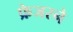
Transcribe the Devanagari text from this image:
फ्रेजरने